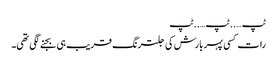
ٹپ …..ٹپ…..ٹپ
رات کسی پہر بارش کی جلترنگ قریب ہی بجنے لگی تھی۔